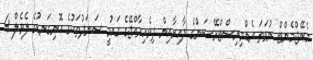
މެނޭޖްމެންޓް ނުވަތަ އެޑްމިނިސްޓްރޭޝަންގެ ދާއިރާއިން ދިވެހިރާއްޖޭގެ ގައުމީ ސަނަދުތަކުގެ އޮނިގަނޑުގެ ލެވެލް 4